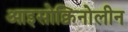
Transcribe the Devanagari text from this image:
आइसोक्विनोलीन